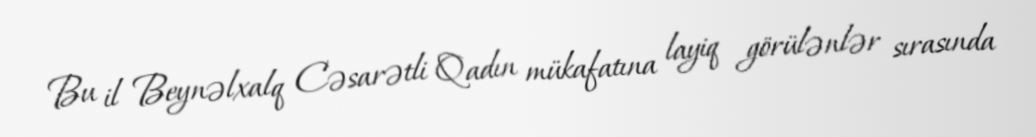
Bu il Beynəlxalq Cəsarətli Qadın mükafatına layiq görülənlər sırasında